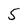
Character: 5